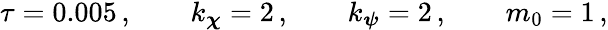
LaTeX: \begin{array}{r}{\tau=0.005\, ,\qquad k_{\boldsymbol{\chi}}=2\, ,\qquad k_{\boldsymbol{\psi}}=2\, ,\qquad m_{0}=1\, ,}\end{array}